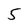
Character: 5